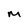
Character: M